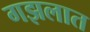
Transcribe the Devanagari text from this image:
गझलात